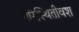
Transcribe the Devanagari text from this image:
परिस्थितीवश